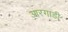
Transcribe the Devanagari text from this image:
आरगाडी